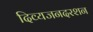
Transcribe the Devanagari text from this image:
दिव्यजनदरशन